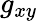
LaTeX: {g}_{xy}